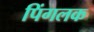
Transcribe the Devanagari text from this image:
पिंगलक